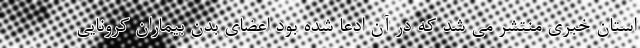
استان خبری منتشر می شد که در آن ادعا شده بود اعضای بدن بیماران کرونایی